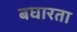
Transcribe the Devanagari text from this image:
बघारता